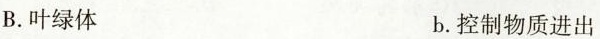
B.叶绿体 b.控制物质进出